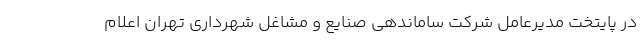
در پایتخت مدیرعامل شرکت ساماندهی صنایع و مشاغل شهرداری تهران اعلام